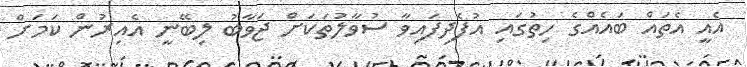
އެއީ އެތައް ބައެއްގެ ހިތުގައި އުފެދިފައިވާ ސުވާލުތަކަށް ޖަވާބު ލިބޭނީ އެއިރުން ކަމަށް